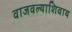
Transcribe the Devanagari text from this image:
वाजवल्याशिवाय